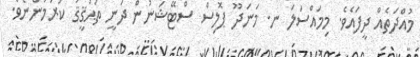
މުއްދަތެއް ދީފައެވެ. މިމައްސަލަ ނ. މަނަދޫ ޕޮލިސް ސްޓޭޝަނުން ދަނީ ތަޙުޤީޤު ކުރަމުންނެވެ.